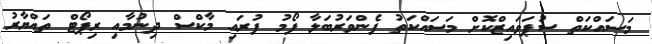
މަސައްކަތް ސުޕަވައިޒްކޮށް މަސައްކަތު ފެންވަރުބަލާ ފޯމު ފުރައި މާކްސް ދިނުމާއި ރިޕޯޓް ތައްޔާރު